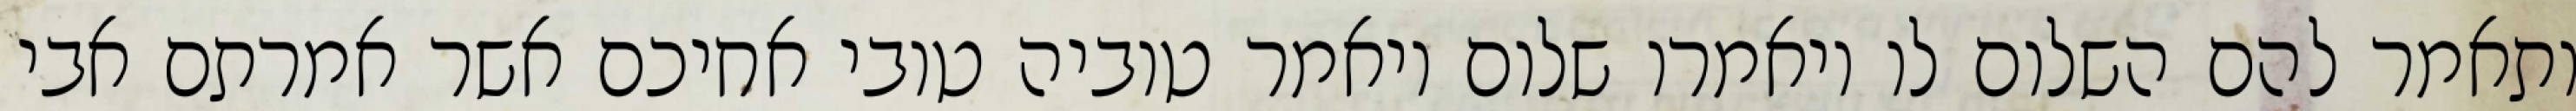
ותאמר להם השלום לו ויאמרו שלום ויאמר טוביה טובי אחיכם אשר אמרתם אבי